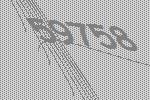
59758